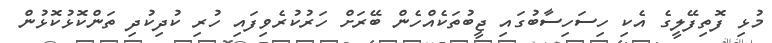
މުޅި ފޮތިފޭލީގެ އެކި ހިސަހިސާބުގައި ޖީބުތަކެއްހެން ބޭރަށް ހަރުކުރެވިފައި ހުރި ކުދިކުދި ތަންކޮޅުކޮޅުން